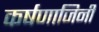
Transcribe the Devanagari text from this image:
कर्षणाजिनी